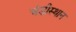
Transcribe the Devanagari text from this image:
चंडीस्थान